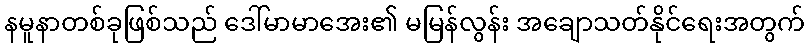
နမူနာတစ်ခုဖြစ်သည် ဒေါ်မာမာအေး၏ မမြန်လွန်း အချောသတ်နိုင်ရေးအတွက်